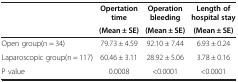
<table><thead><tr><td><b> </b></td><td><b>Opertation time</b></td><td><b>Operation bleeding</b></td><td><b>Length of hospital stay</b></td></tr><tr><td><b> </b></td><td><b>(Mean ± SE)</b></td><td><b>(Mean ± SE)</b></td><td><b>(Mean ± SE)</b></td></tr></thead><tbody><tr><td>Open group(n = 34)</td><td>79.73 ± 4.59</td><td>92.10 ± 7.44</td><td>6.93 ± 0.24</td></tr><tr><td>Laparoscopic group(n = 117)</td><td>60.46 ± 3.11</td><td>28.92 ± 5.06</td><td>3.78 ± 0.16</td></tr><tr><td>P value</td><td>0.0008</td><td>&lt;0.0001</td><td>&lt;0.0001</td></tr></tbody></table>